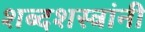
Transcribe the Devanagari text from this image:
शब्दशस्त्रांनी